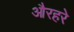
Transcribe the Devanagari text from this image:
औरहरे